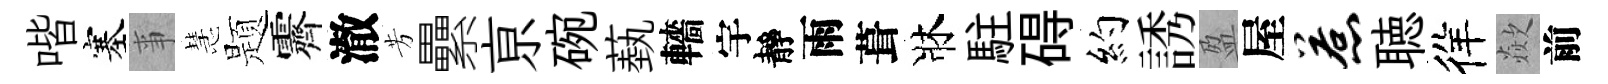
喈塞亊慧题霽澈芳纍亰碗蓺轖宇靜雨葺牀駐碍約誘盈屋惹聴徉歘前